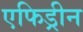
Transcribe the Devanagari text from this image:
एफिड्रीन